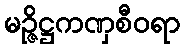
မဉ္ဇိဋ္ဌကဏှစီဝရာ